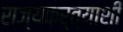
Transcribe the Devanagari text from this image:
राज्यकर्त्याशी